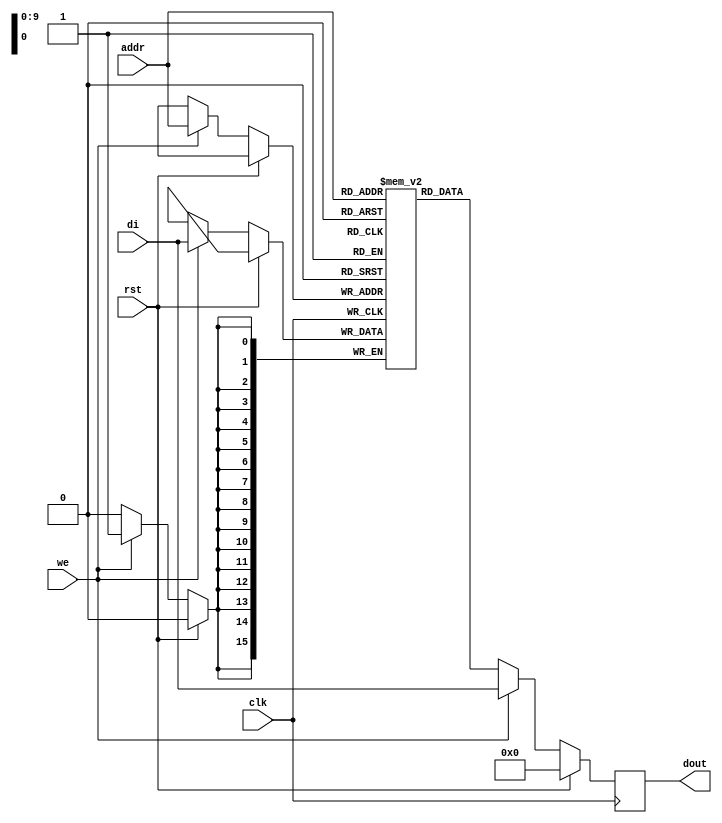

module rams_sp_wf_rst_1024x16 (clk, we, rst, addr, di, dout);
input clk;
input we;
input rst;
input [9:0] addr;
input [15:0] di;
output [15:0] dout;

reg [15:0] RAM [1023:0];
reg [15:0] dout;

always @(posedge clk)
    begin
        if (rst)
            dout <= 0;
        else if (we)
        begin
            RAM[addr] <= di;
            dout <= di;
        end
        else
            dout <= RAM[addr];
        
    end
endmodule